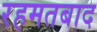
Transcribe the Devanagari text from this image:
रहमतबाद